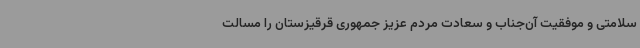
سلامتی و موفقیت آن‌جناب و سعادت مردم عزیز جمهوری قرقیزستان را مسالت